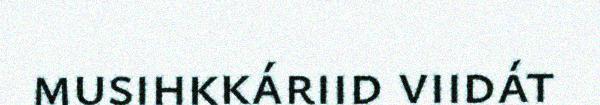
musihkkáriid viidát